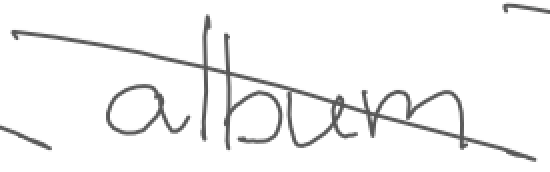
Text: album
Cross-out: diagonal
Writing tool: digital_gray